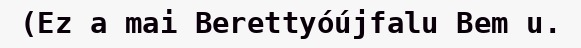
(Ez a mai Berettyóújfalu Bem u.